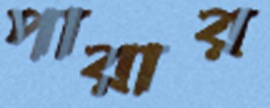
পারার